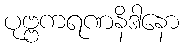
ပုဗ္ဗကရဏနိဒါနော